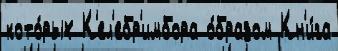
кото́рых К'ел'ебр'имбора о́бразом Кн'и́га